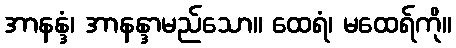
အာနန္ဒံ၊ အာနန္ဒာမည်သော။ ထေရံ၊ မထေရ်ကို။